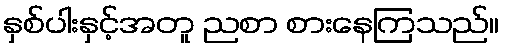
နှစ်ပါးနှင့်အတူ ညစာ စားနေကြသည်။